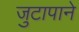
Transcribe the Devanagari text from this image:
जुटापाने